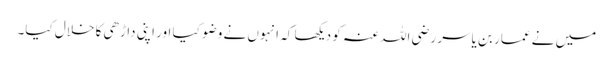
میں نے عمار بن یاسر رضی اللہ عنہ کو دیکھا کہ انہوں نے وضو کیا اور اپنی داڑھی کا خلال کیا۔